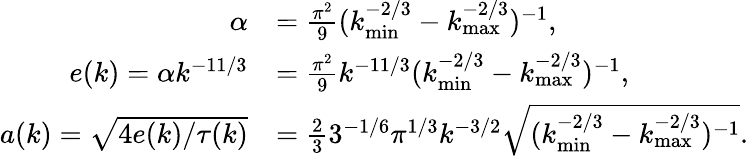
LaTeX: \begin{array}{rl}{\alpha}&{=\frac{\pi^{2}}{9}(k_{\mathrm{min}}^{-2/3}-k_{\mathrm{max}}^{-2/3})^{-1},}\\ {e(k)=\alpha k^{-11/3}}&{=\frac{\pi^{2}}{9}k^{-11/3}(k_{\mathrm{min}}^{-2/3}-k_{\mathrm{max}}^{-2/3})^{-1},}\\ {a(k)=\sqrt{4e(k)/\tau(k)}}&{=\frac{2}{3}3^{-1/6}\pi^{1/3}k^{-3/2}\sqrt{(k_{\mathrm{min}}^{-2/3}-k_{\mathrm{max}}^{-2/3})^{-1}}.}\end{array}